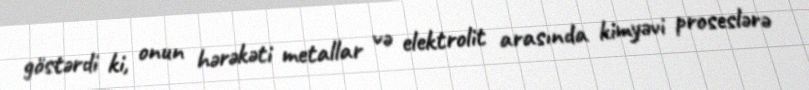
göstərdi ki, onun hərəkəti metallar və elektrolit arasında kimyəvi proseslərə